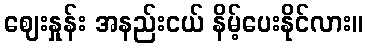
ဈေးနှုန်း အနည်းငယ် နိမ့်ပေးနိုင်လား။